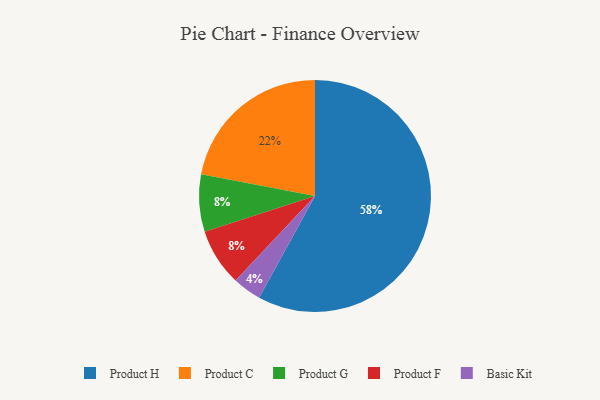
{"axis": {"x": "Category", "y": "Percentage"}, "legend": ["Basic Kit", "Product C", "Product F", "Product G", "Product H"], "data": [{"x": "Product G", "y": 8, "type": "Product G"}, {"x": "Basic Kit", "y": 4, "type": "Basic Kit"}, {"x": "Product C", "y": 22, "type": "Product C"}, {"x": "Product H", "y": 58, "type": "Product H"}, {"x": "Product F", "y": 8, "type": "Product F"}]}